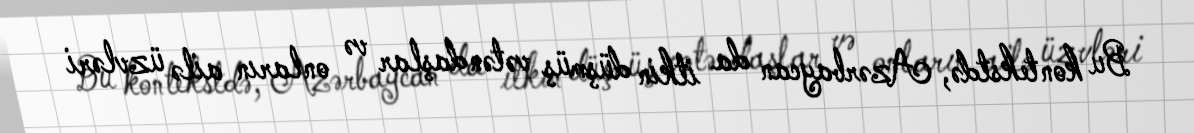
Bu kontekstdə, Azərbaycan da itkin düşmüş vətəndaşlar və onların ailə üzvləri